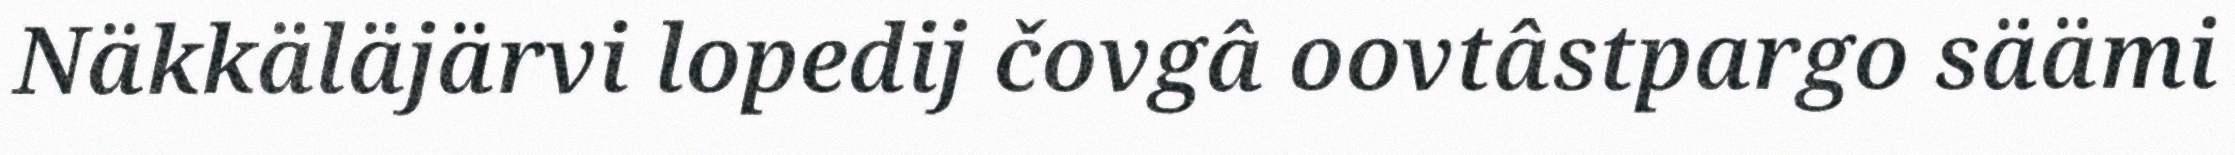
Näkkäläjärvi lopedij čovgâ oovtâstpargo säämi